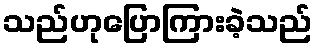
သည်ဟုပြောကြားခဲ့သည်